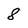
Character: 8